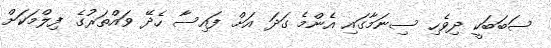
ސަބަބަކީ ދިވެހި ސިނަމާގައި އެންމެ ގަދަ އަށް ފައިސާ ހެދޭ ވައްތަރުގެ ފިލްމަކަށް